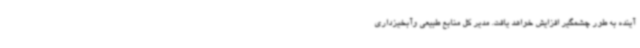
آینده به طور چشمگیر افزایش خواهد یافت. مدیر کل منابع طبیعی وآبخیزداری